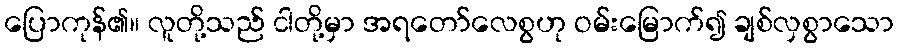
ပြောကုန်၏။ လူတို့သည် ငါတို့မှာ အရတော်လေစွဟု ဝမ်းမြောက်၍ ချစ်လှစွာသော